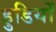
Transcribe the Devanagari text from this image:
हुडियों